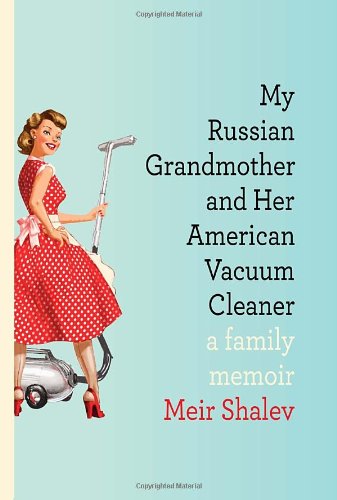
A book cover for My Russian Grandmother and Her American Vacuum Cleaner: A Family Memoir; Meir Shalev; Literature & Fiction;